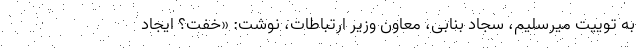
به توییت میرسلیم، سجاد بنابی، معاون وزیر ارتباطات، نوشت: «‌خفت؟ ایجاد